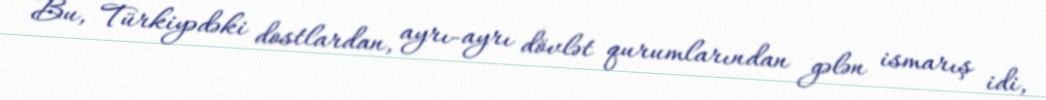
Bu, Türkiyədəki dostlardan, ayrı-ayrı dövlət qurumlarından gələn ismarış idi,